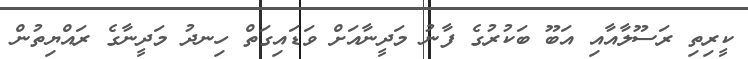
ކީރިތި ރަސޫލާއާއި އަބޫ ބަކުރުގެ ފާނު މަދީނާއަށް ވަޑައިގަތް ހިނދު މަދީނާގެ ރައްޔިތުން